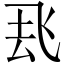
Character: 𮨶